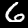
Label: 6